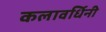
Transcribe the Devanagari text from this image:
कलावर्धिनी